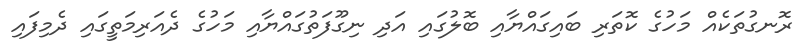
ރޮނގުތަކެއް މަހުގެ ކޮތަރި ބައިގައްޔާއި ބޮލުގައި އަދި ނިގޫފަތުގައްޔާއި މަހުގެ ދެއަރިމަތީގައި ދެމިފައި